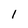
Character: l